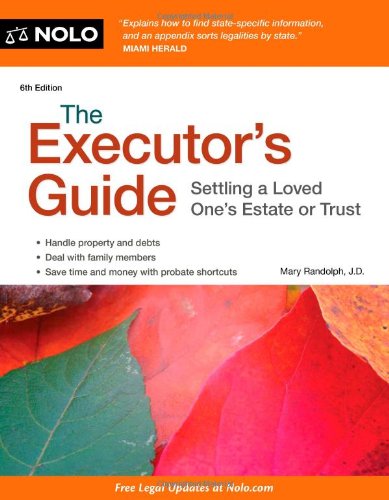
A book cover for The Executor's Guide: Settling a Loved One's Estate or Trust; Mary Randolph; Business & Money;